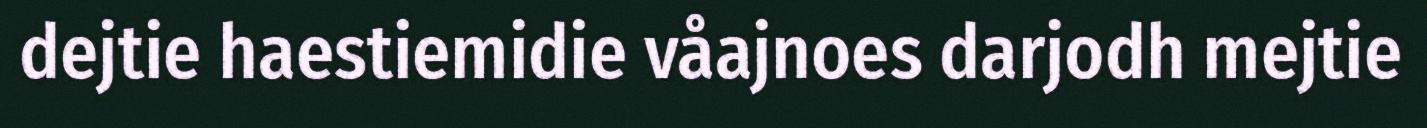
dejtie haestiemidie våajnoes darjodh mejtie